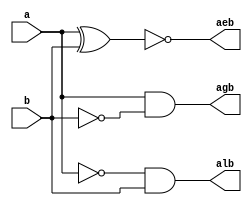
`timescale 1ns / 1ps
//////////////////////////////////////////////////////////////////////////////////
// Company: 
// Engineer: 
// 
// Design Name: 
// Module Name: comparator 1bit
// Project Name: 
// Target Devices: 
// Tool Versions: 
// Description: 
// 
// Dependencies: 
// 
// Revision:
// Revision 0.01 - File Created
// Additional Comments:
// 
//////////////////////////////////////////////////////////////////////////////////


    module comparator1bit(input a, input b,
    output agb, output aeb, output alb);
    assign agb= a & (~b);
    assign aeb= ~(a ^b);
    assign alb = (~a )& b;
    endmodule